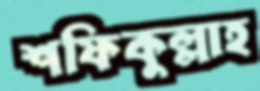
শফিকুল্লাহ